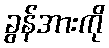
ခွန်အားကို